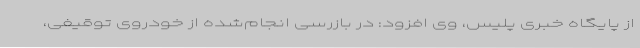
از پایگاه خبری پلیس، وی افزود: در بازرسی انجام‌شده از خودروی توقیفی،